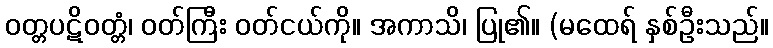
ဝတ္တပဋိဝတ္တံ၊ ဝတ်ကြီး ဝတ်ငယ်ကို။ အကာသိ၊ ပြု၏။ (မထေရ် နှစ်ဦးသည်။